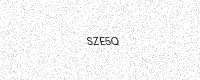
Text: SZE5Q